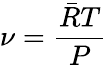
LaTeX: \nu={\frac{{\bar{R}}T}{P}}